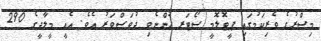
މިޞްރުގެ ވެރިކަމުގައި ޕީޓޮލޮމީ ސޯޓަރ ހުންނެވި ދުވަސްވަރު އެވެ. އެއީ މީލާދީގެ 290